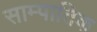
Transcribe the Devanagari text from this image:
साम्पातिक